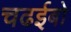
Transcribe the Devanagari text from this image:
चढईबो